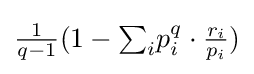
{\tfrac {1}{q-1}}(1-{\textstyle \sum _{i}}p_{i}^{q}\cdot {\tfrac {r_{i}}{p_{i}}})